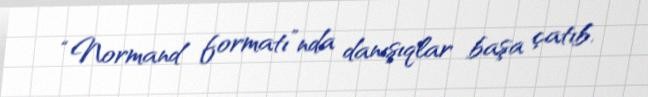
“Normand formatı”nda danışıqlar başa çatıb.